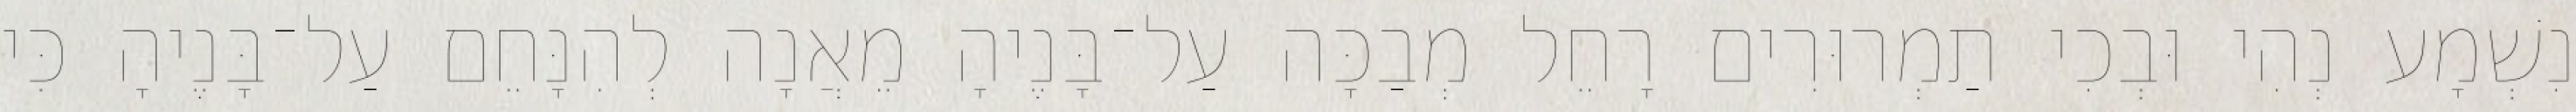
נִשְׁמָע נְהִי וּבְכִי תַמְרוּרִים רָחֵל מְבַכָּה עַל־בָּנֶיהָ מֵאֲנָה לְהִנָּחֵם עַל־בָּנֶיהָ כִּי